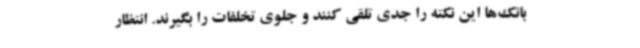
بانک‌ها این نکته را جدی تلقی کنند و جلوی تخلفات را بگیرند. انتظار